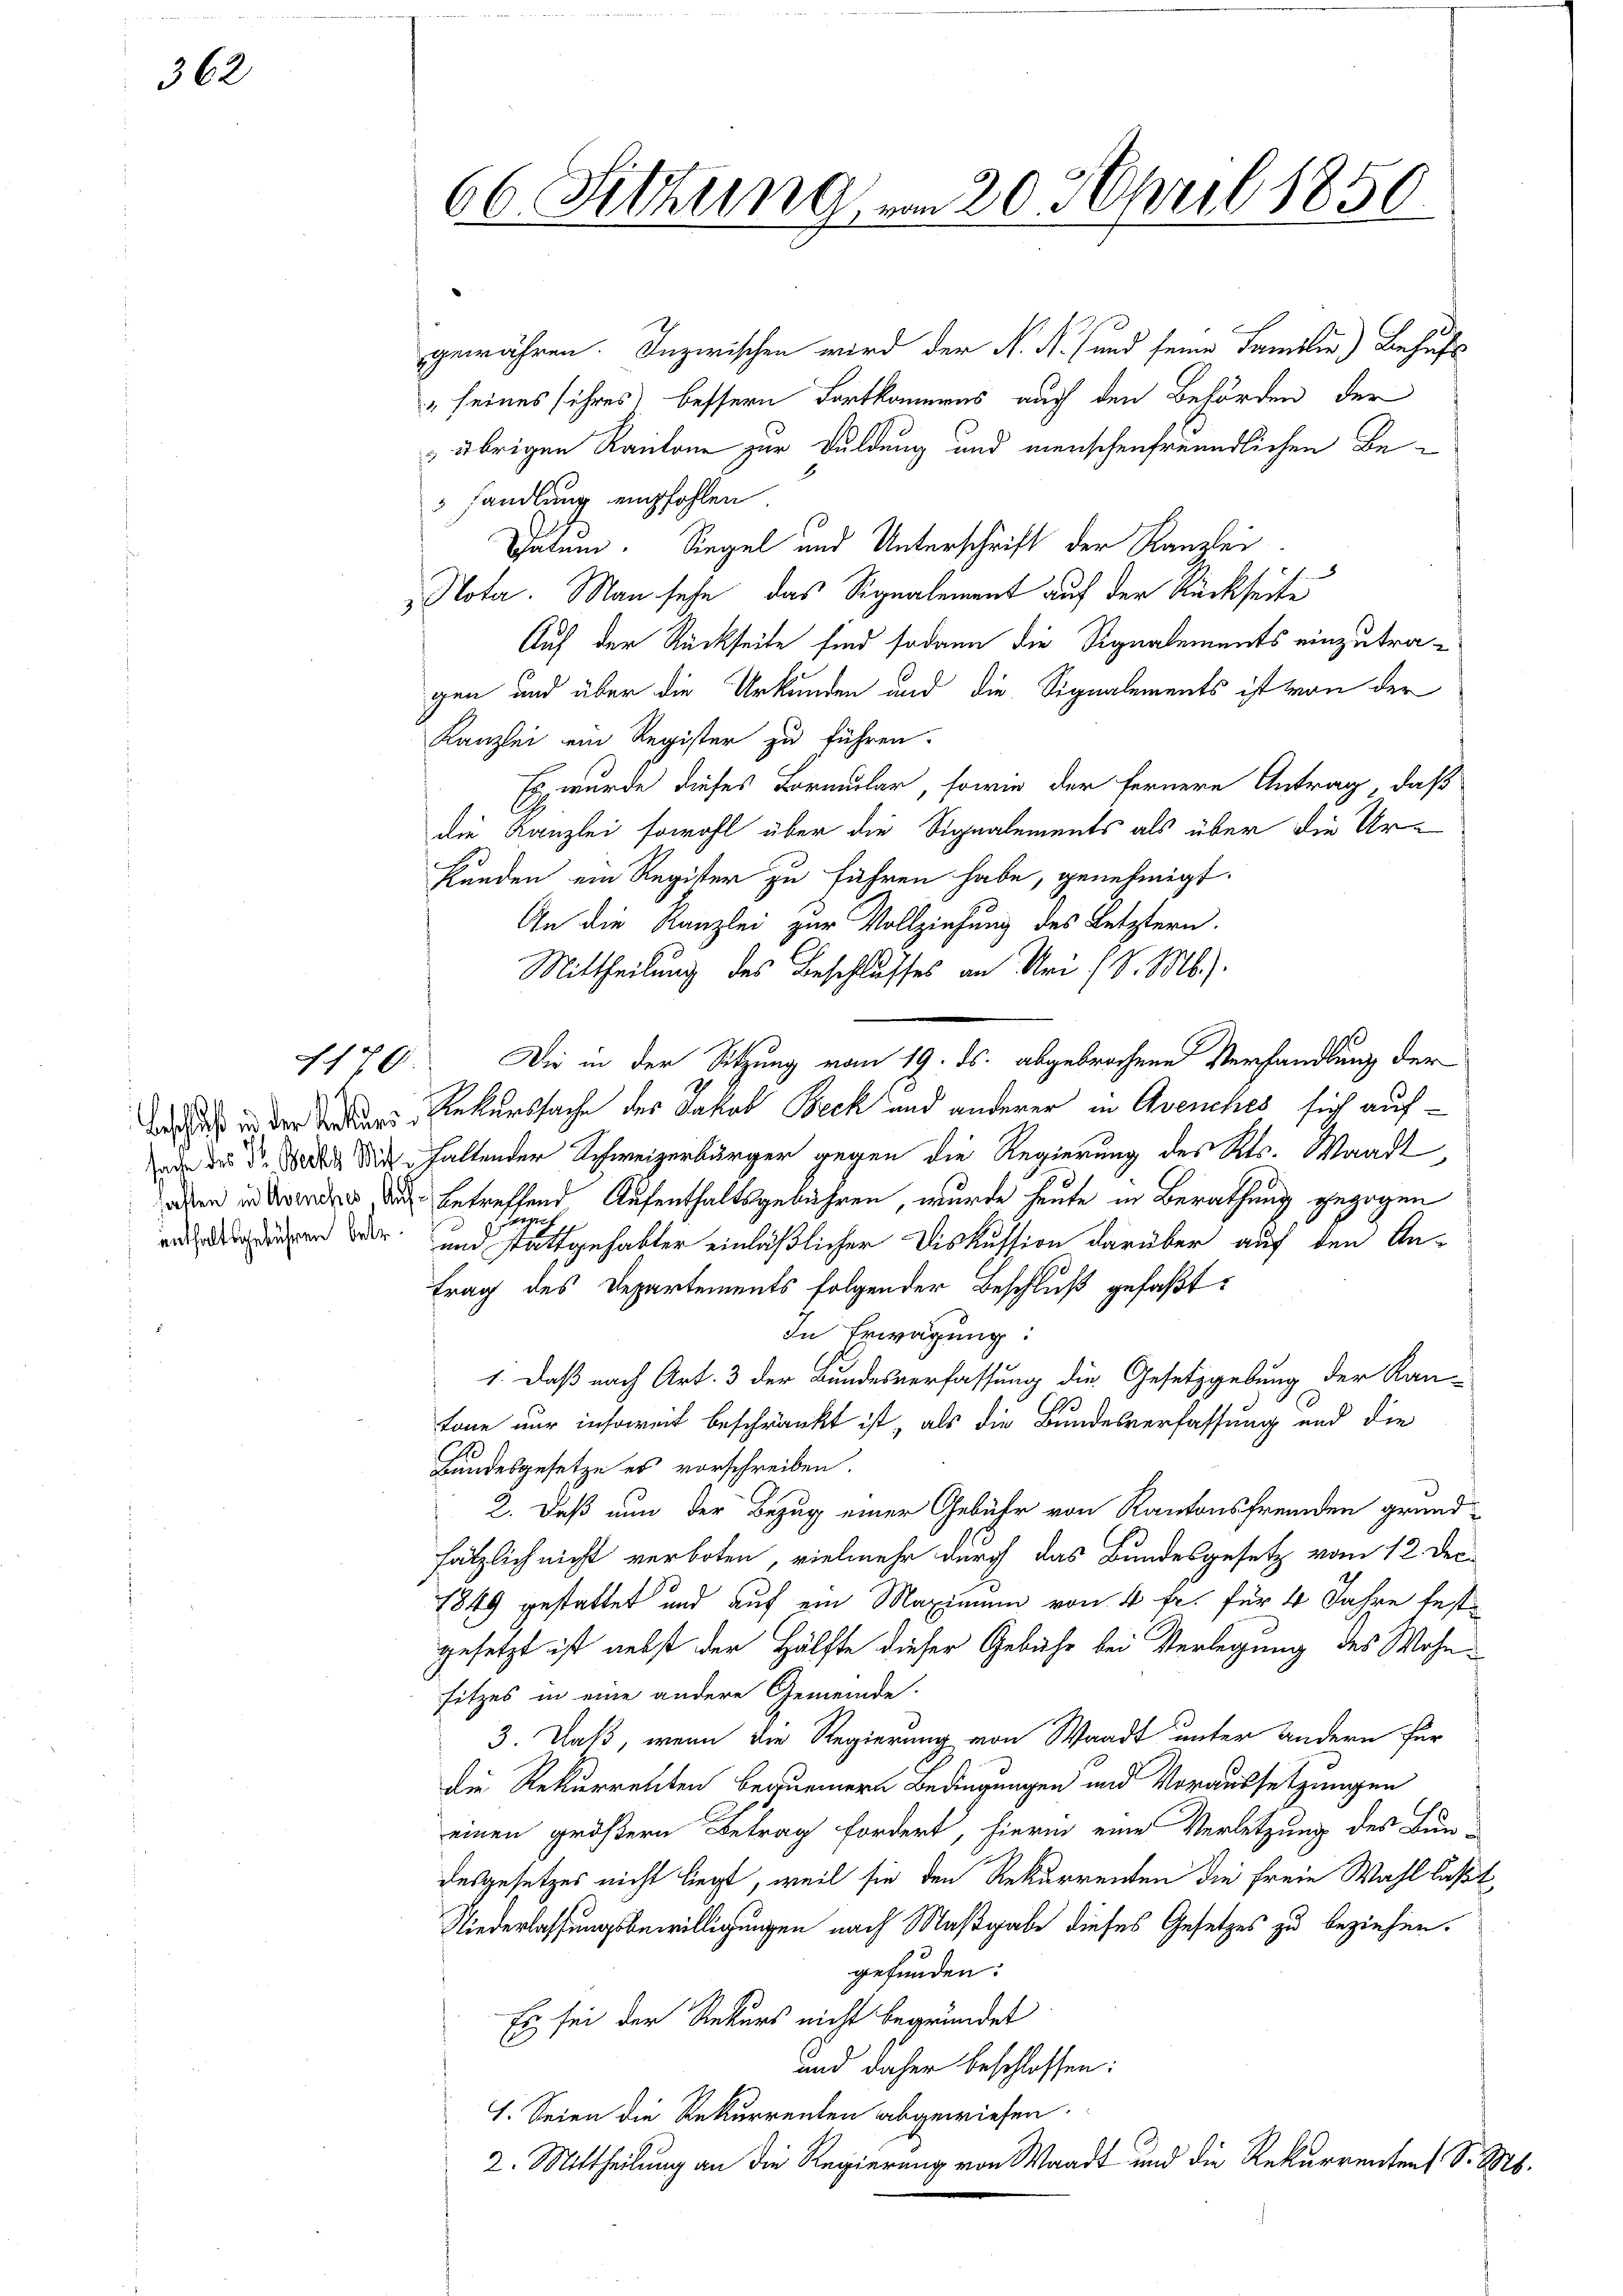
362

1170.

66. Sitzung vom 20. April 1850.

gewähren. Inzwischen wird der N. N. (und seine Familie Behufs
„seines ihres bessern Fortkommens auch den Behörden der
 übrigen Kantone zur Duldung und menschenfreundlichen Be¬
 handlung empfohlen.
Tatum. Siegel und Unterschrift der Kanzlei
Nota. Man sehe das Signalement auf der Rückseite
Auf der Rückseite sind sodann die Signalements einzutra-
gen und über die Urkunden und die Signalements ist von der
Kanzlei ein Register zu führen.
Es wurde dieses Formular, sowie der fernere Antrag, daß
die Kanzlei sowohl über die Signalements als über die Ur¬
Stunden ein Register zu führen habe, genehmigt.
An die Kanzlei zur Vollziehung des Letztern.
Mittheilung des Beschlusses an Uri (S. M.).
da es in der Treuen Rekurssache des Jakob Beck und anderer in Avenches sich aufade die Statt die haltender Schweizerbürger gegen die Regierung des Kts. Waadt,
aden in der betreffend Aufenthaltsgebühren, wurde heute in Berathung gezogen
u.
 den der und stattgehabter einläßlicher Diskussion darüber auf den Antrag des Departements folgender Beschluß gefaßt:
In Erwägung:
1. Daß nach Art. 3 der Bundesverfassung die Gesetzgebung der Kan-
tone nur insoweit beschränkt ist, als die Bundesverfassung und die
Bundesgesetze es vorschreiben.
2. Daß nun der Bezug einer Gebühr von Kantonsfremden grundsätzlich nicht verboten, vielmehr durch das Bundesgesetz vom 12. Dec
1849 gestattet und auf ein Maximum von 4 fr. für 4 Jahre festgesetzt ist nebst der Hälfte dieser Gebühr bei Verlegung des Wohnsitzes in eine andere Gemeinde.
3. Daß, wenn die Regierung von Waadt unter andern für
Die Rekurrenten bequemern Bedingungen und Voraussetzungen
einen größern Betrag fordert, hierin eine Verletzung des Bun-
desgesetzes nicht liegt, weil sie den Rekurrenten die freie Wahl laßt
Niederlassungsbewilligungen nach Maßgabe dieses Gesetzes zu beziehen.
gefunden:
Es sei der Rekurs nicht begründet
und daher beschlossen:
1. Seien die Rekurrenten abgewiesen.
2. Mittheilung an die Regierung von Waadt und die Rekurrenten S. M.

Die in der Sitzung vom 19. ds. abgebrochene Verhandlung der